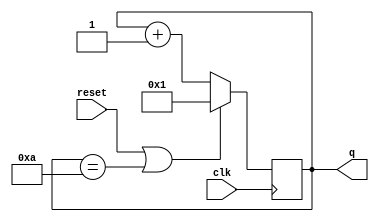
module top_module (
    input clk,
    input reset,
    output [3:0] q);

    always @(posedge clk) begin
        if (reset || q==4'd10) begin
            q <= 4'd1;
        end else begin
            q <= q+1;
        end
    end

endmodule